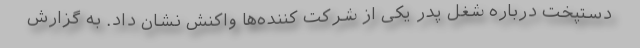
دستپخت درباره شغل پدر یکی از شرکت کننده‌ها واکنش نشان داد. به گزارش